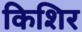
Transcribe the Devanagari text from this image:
किशिर